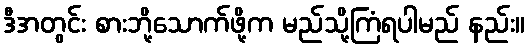
ဒီအတွင်း စားဘို့သောက်ဖို့က မည်သို့ကြံရပါမည် နည်း။